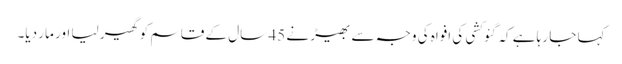
کہا جا رہا ہے کہ گئو کشی کی افواہ کی وجہ سے بھیڑ نے 45 سال کے قاسم کو گھیر لیا اور مار دیا۔